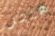
هنتر